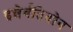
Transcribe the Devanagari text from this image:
इन्नेर्वतिओन